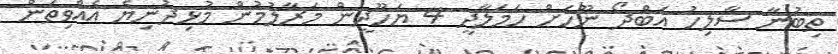
ތިބުނާ ސާލިހު އަބްދޯ ނޫހަށް ހަމަލާދީ 4 ޔަހޫދީން މަރާލުމުން މުޅިދުނިޔެ އެއްވިތަން